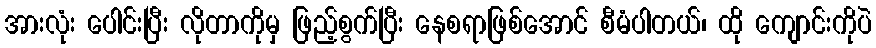
အားလုံး ပေါင်းပြီး လိုတာကိုမှ ဖြည့်စွက်ပြီး နေစရာဖြစ်အောင် စီမံပါတယ်၊ ထို ကျောင်းကိုပဲ